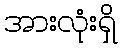
အားလုံးရှိ